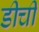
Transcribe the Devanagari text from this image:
डीची